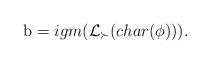
LaTeX: \begin{align*}\mathrm{b} =igm( \mathcal{L}_{\succ} (char(\phi))).\end{align*}